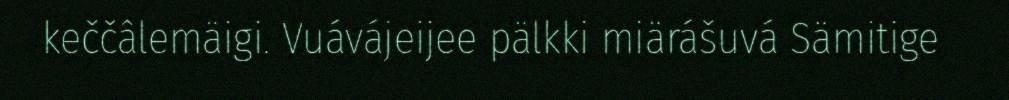
keččâlemäigi. Vuávájeijee pälkki miärášuvá Sämitige